Report on lock hospitals in British Burma
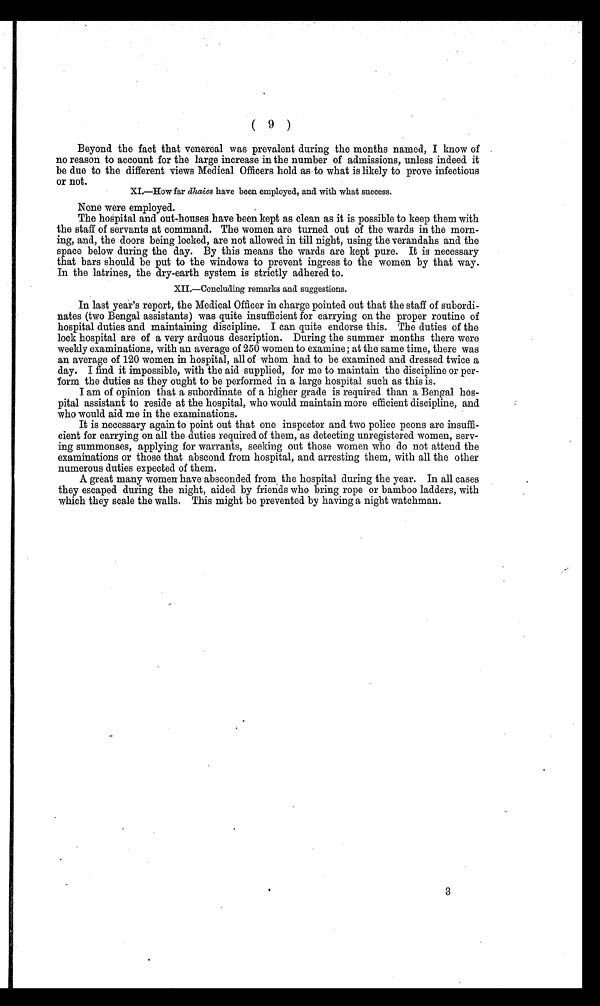
( 9 )
Beyond the fact that venereal was prevalent during the months named, I know of
no reason to account for the large increase in the number of admissions, unless indeed it
be due to the different views Medical Officers hold as to what is likely to prove infectious
or not .
XI.—How far dhaies have been employed, and with what success.
None were employed.
The hospital and out-houses have been kept as clean as it is possible to keep them with
the staff of servants at command. The women are turned out of the wards in the morn
ing, and, the doors being locked, are not allowed in till night, using the verandahs and the
space below during the day. By this means the wards are kept pure. It is necessary
that bars should be put to the windows to prevent ingress to the women by that way.
In the latrines, the dry-earth system is strictly adhered to.
XII.— Concluing remarks and suggestions.
In last year's report, the Medical Officer in charge pointed out that the staff of subordi
nates (two Bengal assistants) was quite insufficient for carrying on the proper routine of
hospital duties and maintaining discipline. I can quite endorse this. The duties of the
lock hospital are of a very arduous description. During the summer months there were
weekly examinations, with an average of 250 women to examine; at the same time, there was
an average of 120 women in hospital, all of whom had to be examined and dressed twice a
day. I find it impossible, with the aid supplied, for me to maintain the discipline or per
form the duties as they ought to be performed in a large hospital such as this is.
I am of opinion that a subordinate of a higher grade is required than a Bengal hos
pital assistant to reside at the hospital, who would maintain more efficient discipline, and
who would aid me in the examinations.
It is necessary again to point out that one inspector and two police peons are insuffi
cient for carrying on all the duties required of them, as detecting unregistered women, serv
ing summonses, applying for warrants, seeking out those women who do not attend the
examinations or those that abscond from hospital, and arresting them, with all the other
numerous duties expected of them.
A great many women have absconded from the hospital during the year. In all cases
they escaped during the night, aided by friends who bring rope or bamboo ladders, with
which they scale the walls. This might be prevented by having a night watchman.
3